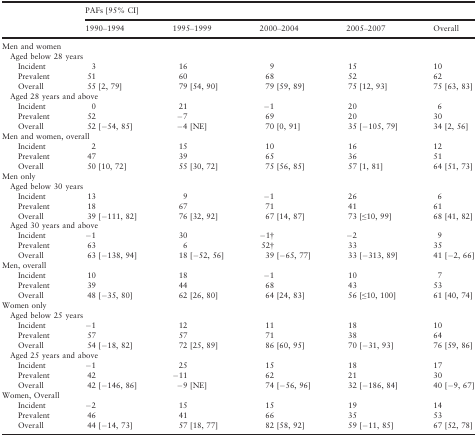
<table><thead><tr><td></td><td colspan="6"><b>PAFs [95% CI]</b></td></tr><tr><td></td><td><b>1990–1994</b></td><td><b>1995–1999</b></td><td><b>2000–2004</b></td><td><b>2005–2007</b></td><td><b>Overall</b></td></tr></thead><tbody><tr><td colspan="6">Men and women</td></tr><tr><td colspan="6">Aged below 28 years</td></tr><tr><td>Incident</td><td>3</td><td>16</td><td>9</td><td>15</td><td>10</td></tr><tr><td>Prevalent</td><td>51</td><td>60</td><td>68</td><td>52</td><td>62</td></tr><tr><td>Overall</td><td>55 [2, 79]</td><td>79 [54, 90]</td><td>79 [59, 89]</td><td>75 [12, 93]</td><td>75 [63, 83]</td></tr><tr><td colspan="6">Aged 28 years and above</td></tr><tr><td>Incident</td><td>0</td><td>21</td><td>−1</td><td>20</td><td>6</td></tr><tr><td>Prevalent</td><td>52</td><td>−7</td><td>69</td><td>20</td><td>30</td></tr><tr><td>Overall</td><td>52 [−54, 85]</td><td>−4 [NE]</td><td>70 [0, 91]</td><td>35 [−105, 79]</td><td>34 [2, 56]</td></tr><tr><td colspan="6">Men and women, overall</td></tr><tr><td>Incident</td><td>2</td><td>15</td><td>10</td><td>16</td><td>12</td></tr><tr><td>Prevalent</td><td>47</td><td>39</td><td>65</td><td>36</td><td>51</td></tr><tr><td>Overall</td><td>50 [10, 72]</td><td>55 [30, 72]</td><td>75 [56, 85]</td><td>57 [1, 81]</td><td>64 [51, 73]</td></tr><tr><td colspan="6">Men only</td></tr><tr><td colspan="6">Aged below 30 years</td></tr><tr><td>Incident</td><td>13</td><td>9</td><td>−1</td><td>26</td><td>6</td></tr><tr><td>Prevalent</td><td>18</td><td>67</td><td>71</td><td>41</td><td>61</td></tr><tr><td>Overall</td><td>39 [−111, 82]</td><td>76 [32, 92]</td><td>67 [14, 87]</td><td>73 [≤10, 99]</td><td>68 [41, 82]</td></tr><tr><td colspan="6">Aged 30 years and above</td></tr><tr><td>Incident</td><td>−1</td><td>30</td><td>−1†</td><td>−2</td><td>9</td></tr><tr><td>Prevalent</td><td>63</td><td>6</td><td>52†</td><td>33</td><td>35</td></tr><tr><td>Overall</td><td>63 [−138, 94]</td><td>18 [−52, 56]</td><td>39 [−65, 77]</td><td>33 [−313, 89]</td><td>41 [−2, 66]</td></tr><tr><td colspan="6">Men, overall</td></tr><tr><td>Incident</td><td>10</td><td>18</td><td>−1</td><td>10</td><td>7</td></tr><tr><td>Prevalent</td><td>39</td><td>44</td><td>68</td><td>43</td><td>53</td></tr><tr><td>Overall</td><td>48 [−35, 80]</td><td>62 [26, 80]</td><td>64 [24, 83]</td><td>56 [≤10, 100]</td><td>61 [40, 74]</td></tr><tr><td colspan="6">Women only</td></tr><tr><td colspan="6">Aged below 25 years</td></tr><tr><td>Incident</td><td>−1</td><td>12</td><td>11</td><td>18</td><td>10</td></tr><tr><td>Prevalent</td><td>57</td><td>57</td><td>71</td><td>38</td><td>64</td></tr><tr><td>Overall</td><td>54 [−18, 82]</td><td>72 [25, 89]</td><td>86 [60, 95]</td><td>70 [−31, 93]</td><td>76 [59, 86]</td></tr><tr><td colspan="6">Aged 25 years and above</td></tr><tr><td>Incident</td><td>−1</td><td>25</td><td>15</td><td>18</td><td>17</td></tr><tr><td>Prevalent</td><td>42</td><td>−11</td><td>62</td><td>21</td><td>30</td></tr><tr><td>Overall</td><td>42 [−146, 86]</td><td>−9 [NE]</td><td>74 [−56, 96]</td><td>32 [−186, 84]</td><td>40 [−9, 67]</td></tr><tr><td colspan="6">Women, Overall</td></tr><tr><td>Incident</td><td>−2</td><td>15</td><td>15</td><td>19</td><td>14</td></tr><tr><td>Prevalent</td><td>46</td><td>41</td><td>66</td><td>35</td><td>53</td></tr><tr><td>Overall</td><td>44 [−14, 73]</td><td>57 [18, 77]</td><td>82 [58, 92]</td><td>59 [−11, 85]</td><td>67 [52, 78]</td></tr></tbody></table>